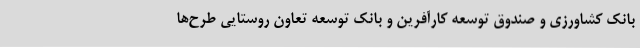
بانک کشاورزی و صندوق توسعه کارآفرین و بانک توسعه تعاون روستایی طرح‌ها